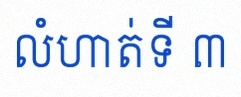
លំហាត់ទី ៣